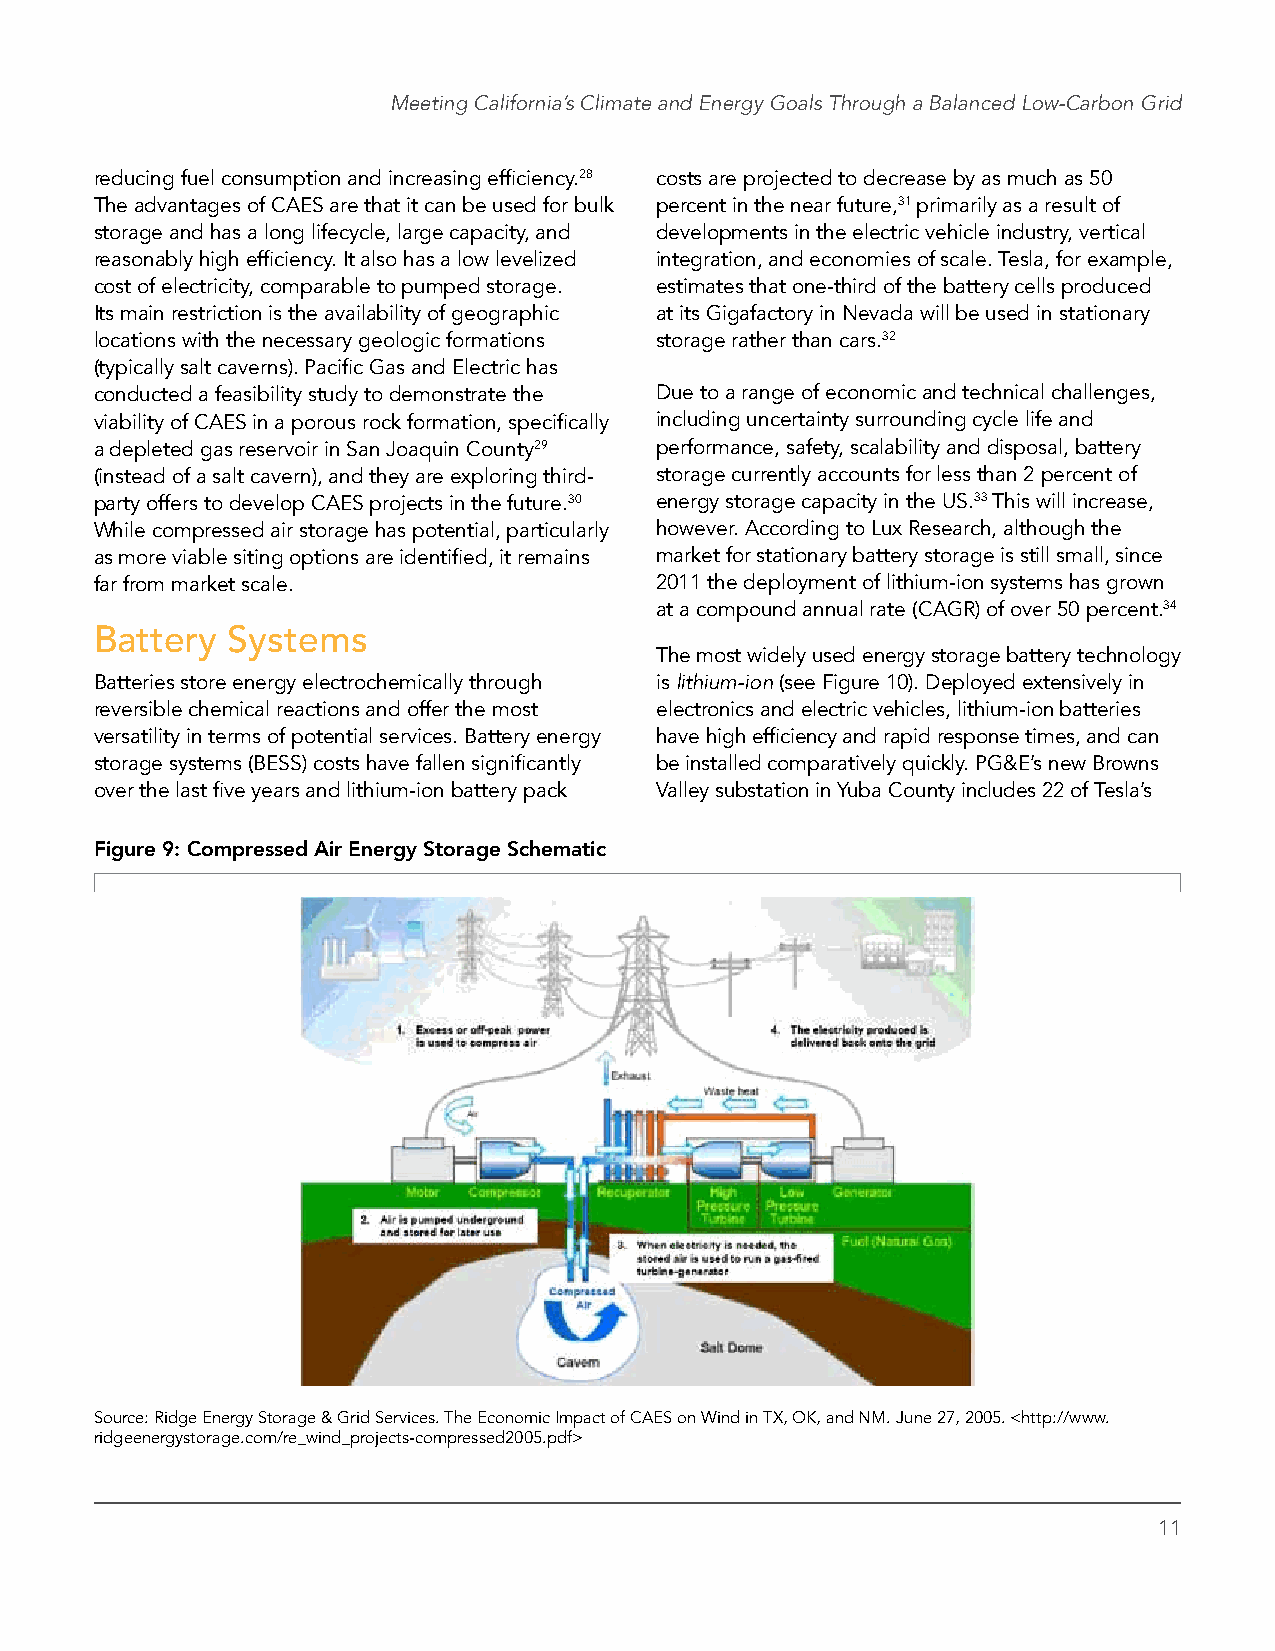
Meeting California’s Climate and Energy Goals Through a Balanced Low-Carbon Grid
 reducing fuel consumption and increasing efficiency.28 costs are projected to decrease by as much as 50
 The advantages of CAES are that it can be used for bulk percent in the near future,31 primarily as a result of
 storage and has a long lifecycle, large capacity, and developments in the electric vehicle industry, vertical
 reasonably high efficiency. It also has a low levelized integration, and economies of scale. Tesla, for example,
 cost of electricity, comparable to pumped storage. estimates that one-third of the battery cells produced
 Its main restriction is the availability of geographic at its Gigafactory in Nevada will be used in stationary
 locations with the necessary geologic formations storage rather than cars.32
 (typically salt caverns). Pacific Gas and Electric has
 conducted a feasibility study to demonstrate the Due to a range of economic and technical challenges,
 viability of CAES in a porous rock formation, specifically including uncertainty surrounding cycle life and
 a depleted gas reservoir in San Joaquin County29 performance, safety, scalability and disposal, battery
 (instead of a salt cavern), and they are exploring third- storage currently accounts for less than 2 percent of
 party offers to develop CAES projects in the future.30 energy storage capacity in the US.33 This will increase,
 While compressed air storage has potential, particularly however. According to Lux Research, although the
 as more viable siting options are identified, it remains market for stationary battery storage is still small, since
 far from market scale.               2011 the deployment of lithium-ion systems has grown
 at a compound annual rate (CAGR) of over 50 percent.34
 Battery  Systems
 The most widely used energy storage battery technology
 Batteries store energy electrochemically through is lithium-ion (see Figure 10). Deployed extensively in
 reversible chemical reactions and offer the most electronics and electric vehicles, lithium-ion batteries
 versatility in terms of potential services. Battery energy have high efficiency and rapid response times, and can
 storage systems (BESS) costs have fallen significantly be installed comparatively quickly. PG&E’s new Browns
 over the last five years and lithium-ion battery pack Valley substation in Yuba County includes 22 of Tesla’s
 Figure 9: Compressed Air Energy Storage Schematic
 Source: Ridge Energy Storage & Grid Services. The Economic Impact of CAES on Wind in TX, OK, and NM. June 27, 2005. <http://www.
 ridgeenergystorage.com/re_wind_projects-compressed2005.pdf>
 11